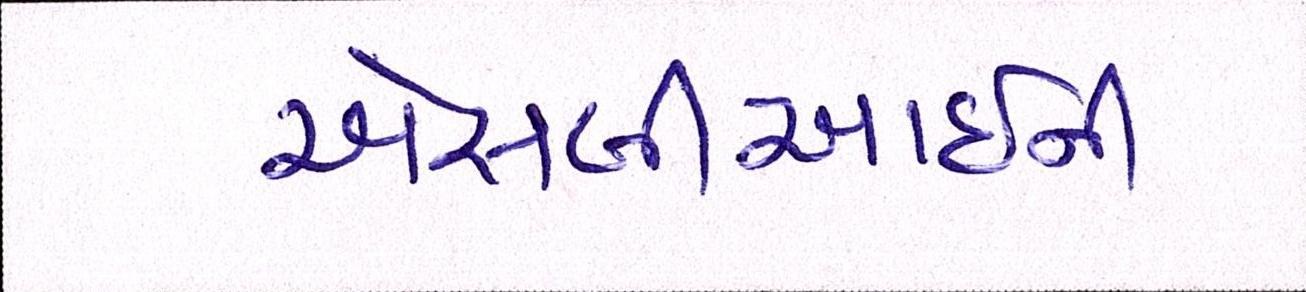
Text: એસબીઆઇની